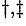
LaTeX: ^{\dagger,\ddagger}